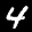
Label: 4